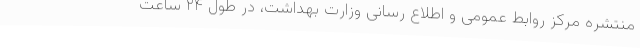
منتشره مرکز روابط عمومی و اطلاع رسانی وزارت بهداشت، در طول ۲۴ ساعت